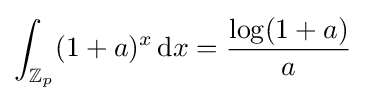
\int _{\mathbb {Z} _{p}}(1+a)^{x}\,{\rm {d}}x={\frac {\log(1+a)}{a}}